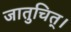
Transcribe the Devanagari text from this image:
जातुचित्।